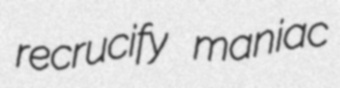
recrucify maniac